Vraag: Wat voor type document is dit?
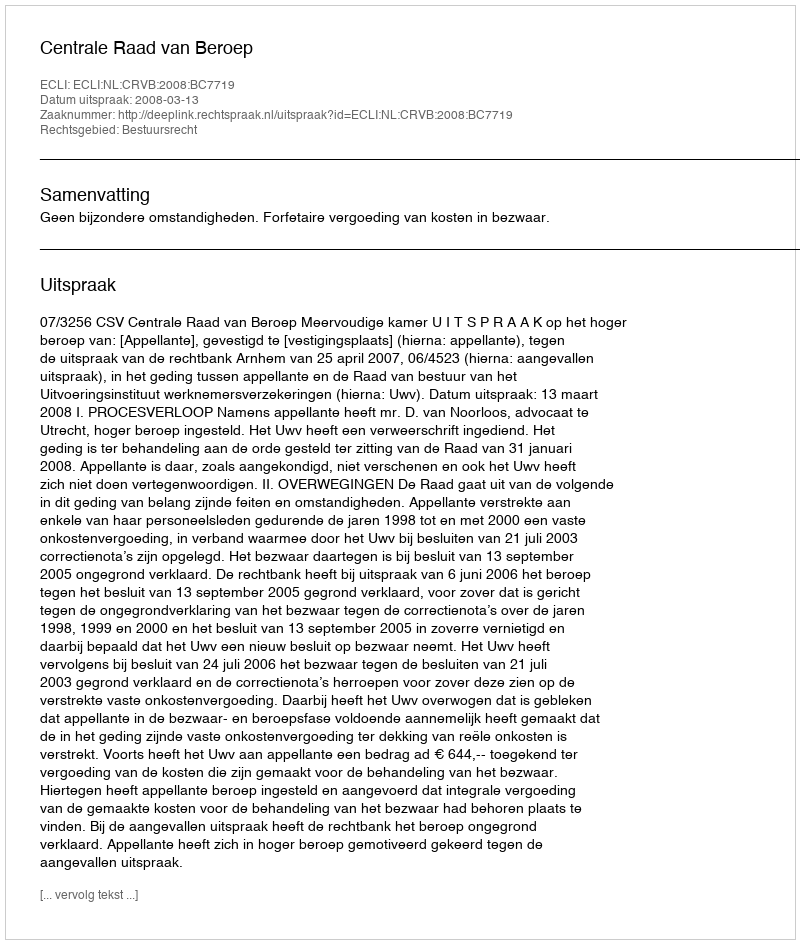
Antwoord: Uitspraak